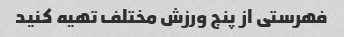
فهرستی از پنج ورزش مختلف تهیه کنید